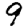
Digit: 9